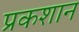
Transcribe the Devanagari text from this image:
प्रकशान